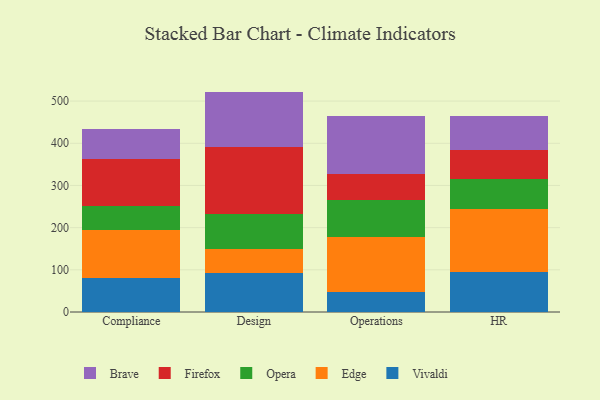
{"axis": {"x": "Department", "y": "LTV (USD)"}, "legend": ["Brave", "Edge", "Firefox", "Opera", "Vivaldi"], "data": [{"x": "Compliance", "y": 81.6, "type": "Vivaldi"}, {"x": "Compliance", "y": 112.4, "type": "Edge"}, {"x": "Compliance", "y": 57.8, "type": "Opera"}, {"x": "Compliance", "y": 109.8, "type": "Firefox"}, {"x": "Compliance", "y": 72.0, "type": "Brave"}, {"x": "Design", "y": 93.4, "type": "Vivaldi"}, {"x": "Design", "y": 57.0, "type": "Edge"}, {"x": "Design", "y": 82.1, "type": "Opera"}, {"x": "Design", "y": 157.8, "type": "Firefox"}, {"x": "Design", "y": 132.2, "type": "Brave"}, {"x": "Operations", "y": 48.6, "type": "Vivaldi"}, {"x": "Operations", "y": 129.2, "type": "Edge"}, {"x": "Operations", "y": 88.9, "type": "Opera"}, {"x": "Operations", "y": 60.2, "type": "Firefox"}, {"x": "Operations", "y": 137.6, "type": "Brave"}, {"x": "HR", "y": 94.7, "type": "Vivaldi"}, {"x": "HR", "y": 150.2, "type": "Edge"}, {"x": "HR", "y": 71.5, "type": "Opera"}, {"x": "HR", "y": 67.7, "type": "Firefox"}, {"x": "HR", "y": 81.0, "type": "Brave"}]}